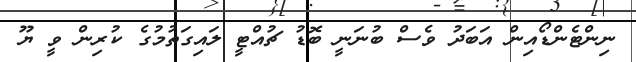
ނިންޓެންޑޯއިން އަބަދު ވެސް ބުނަނީ ބޮޑު ޗުއްޓީ ލައިގަތުމުގެ ކުރިން ވީ ޔޫ